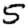
Digit: 5